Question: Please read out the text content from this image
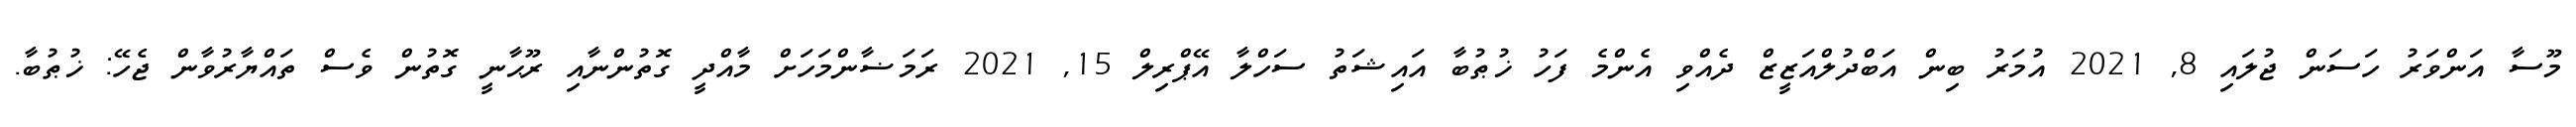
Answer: މޫސާ އަންވަރު ހަސަން ޖުލައި 8, 2021 އުމަރު ބިން އަބްދުލްއަޒީޒް ދެއްވި އެންމެ ފަހު ޚުޠުބާ އައިޝަތު ސަހްލާ އޭޕްރިލް 15, 2021 ރަމަޟާންމަހަށް މާއްދީ ގޮތުންނާއި ރޫޙާނީ ގޮތުން ވެސް ތައްޔާރުވާން ޖެހޭ: ޚުޠުބާ.